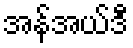
အန်အယ်ဒီ